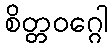
စိတ္တဝဂ္ဂေါ